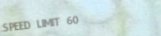
SPEED LIMIT 60